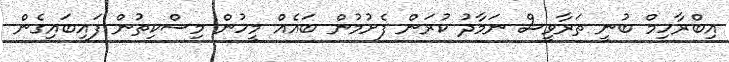
އިބްރާހިމް ބުނީ ތަރާވީސް ނަމާދު ކުރަން ފެށުމުން ބައެއް މީހުން މިސްކިތުން ފައިބައިގެން